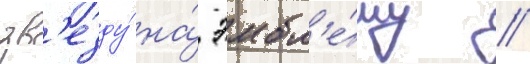
зв'езду́ на́ эмбл'е́му //